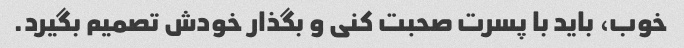
خوب، باید با پسرت صحبت کنی و بگذار خودش تصمیم بگیرد.